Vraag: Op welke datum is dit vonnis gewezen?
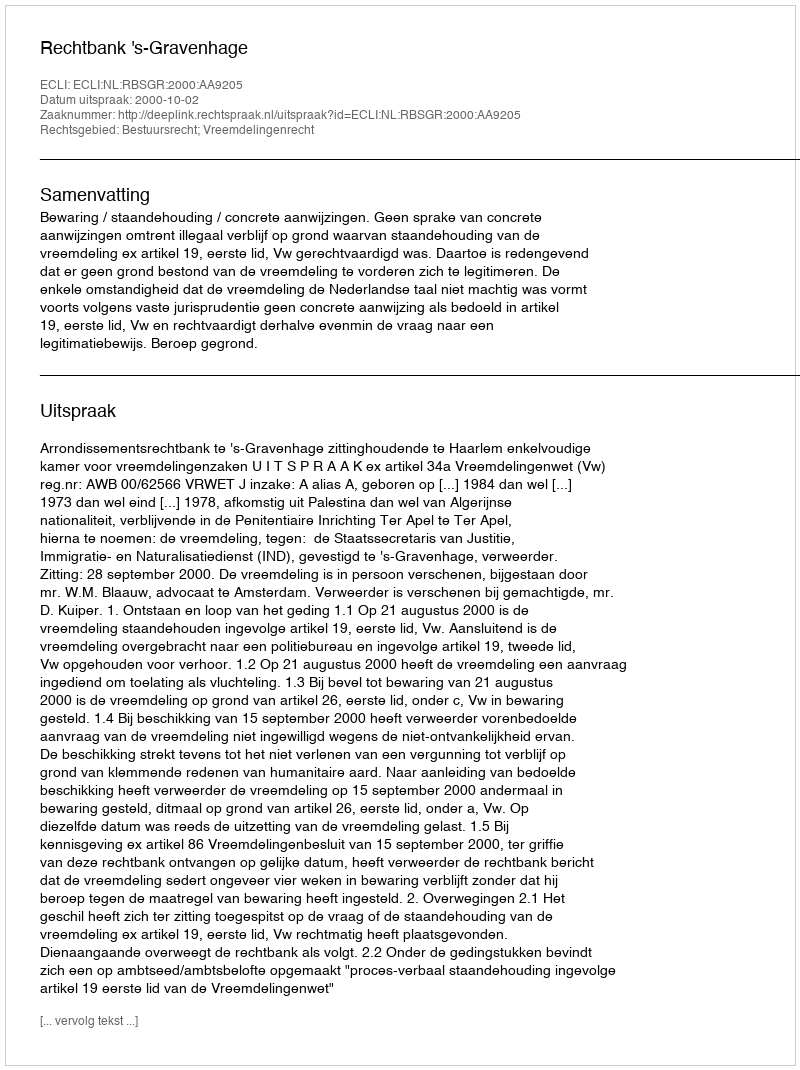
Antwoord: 2000-10-02